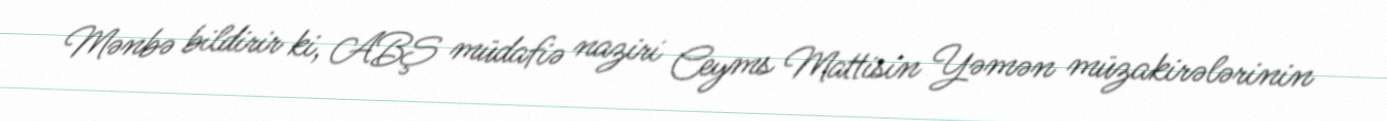
Mənbə bildirir ki, ABŞ müdafiə naziri Ceyms Mattisin Yəmən müzakirələrinin